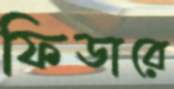
ফিডারে